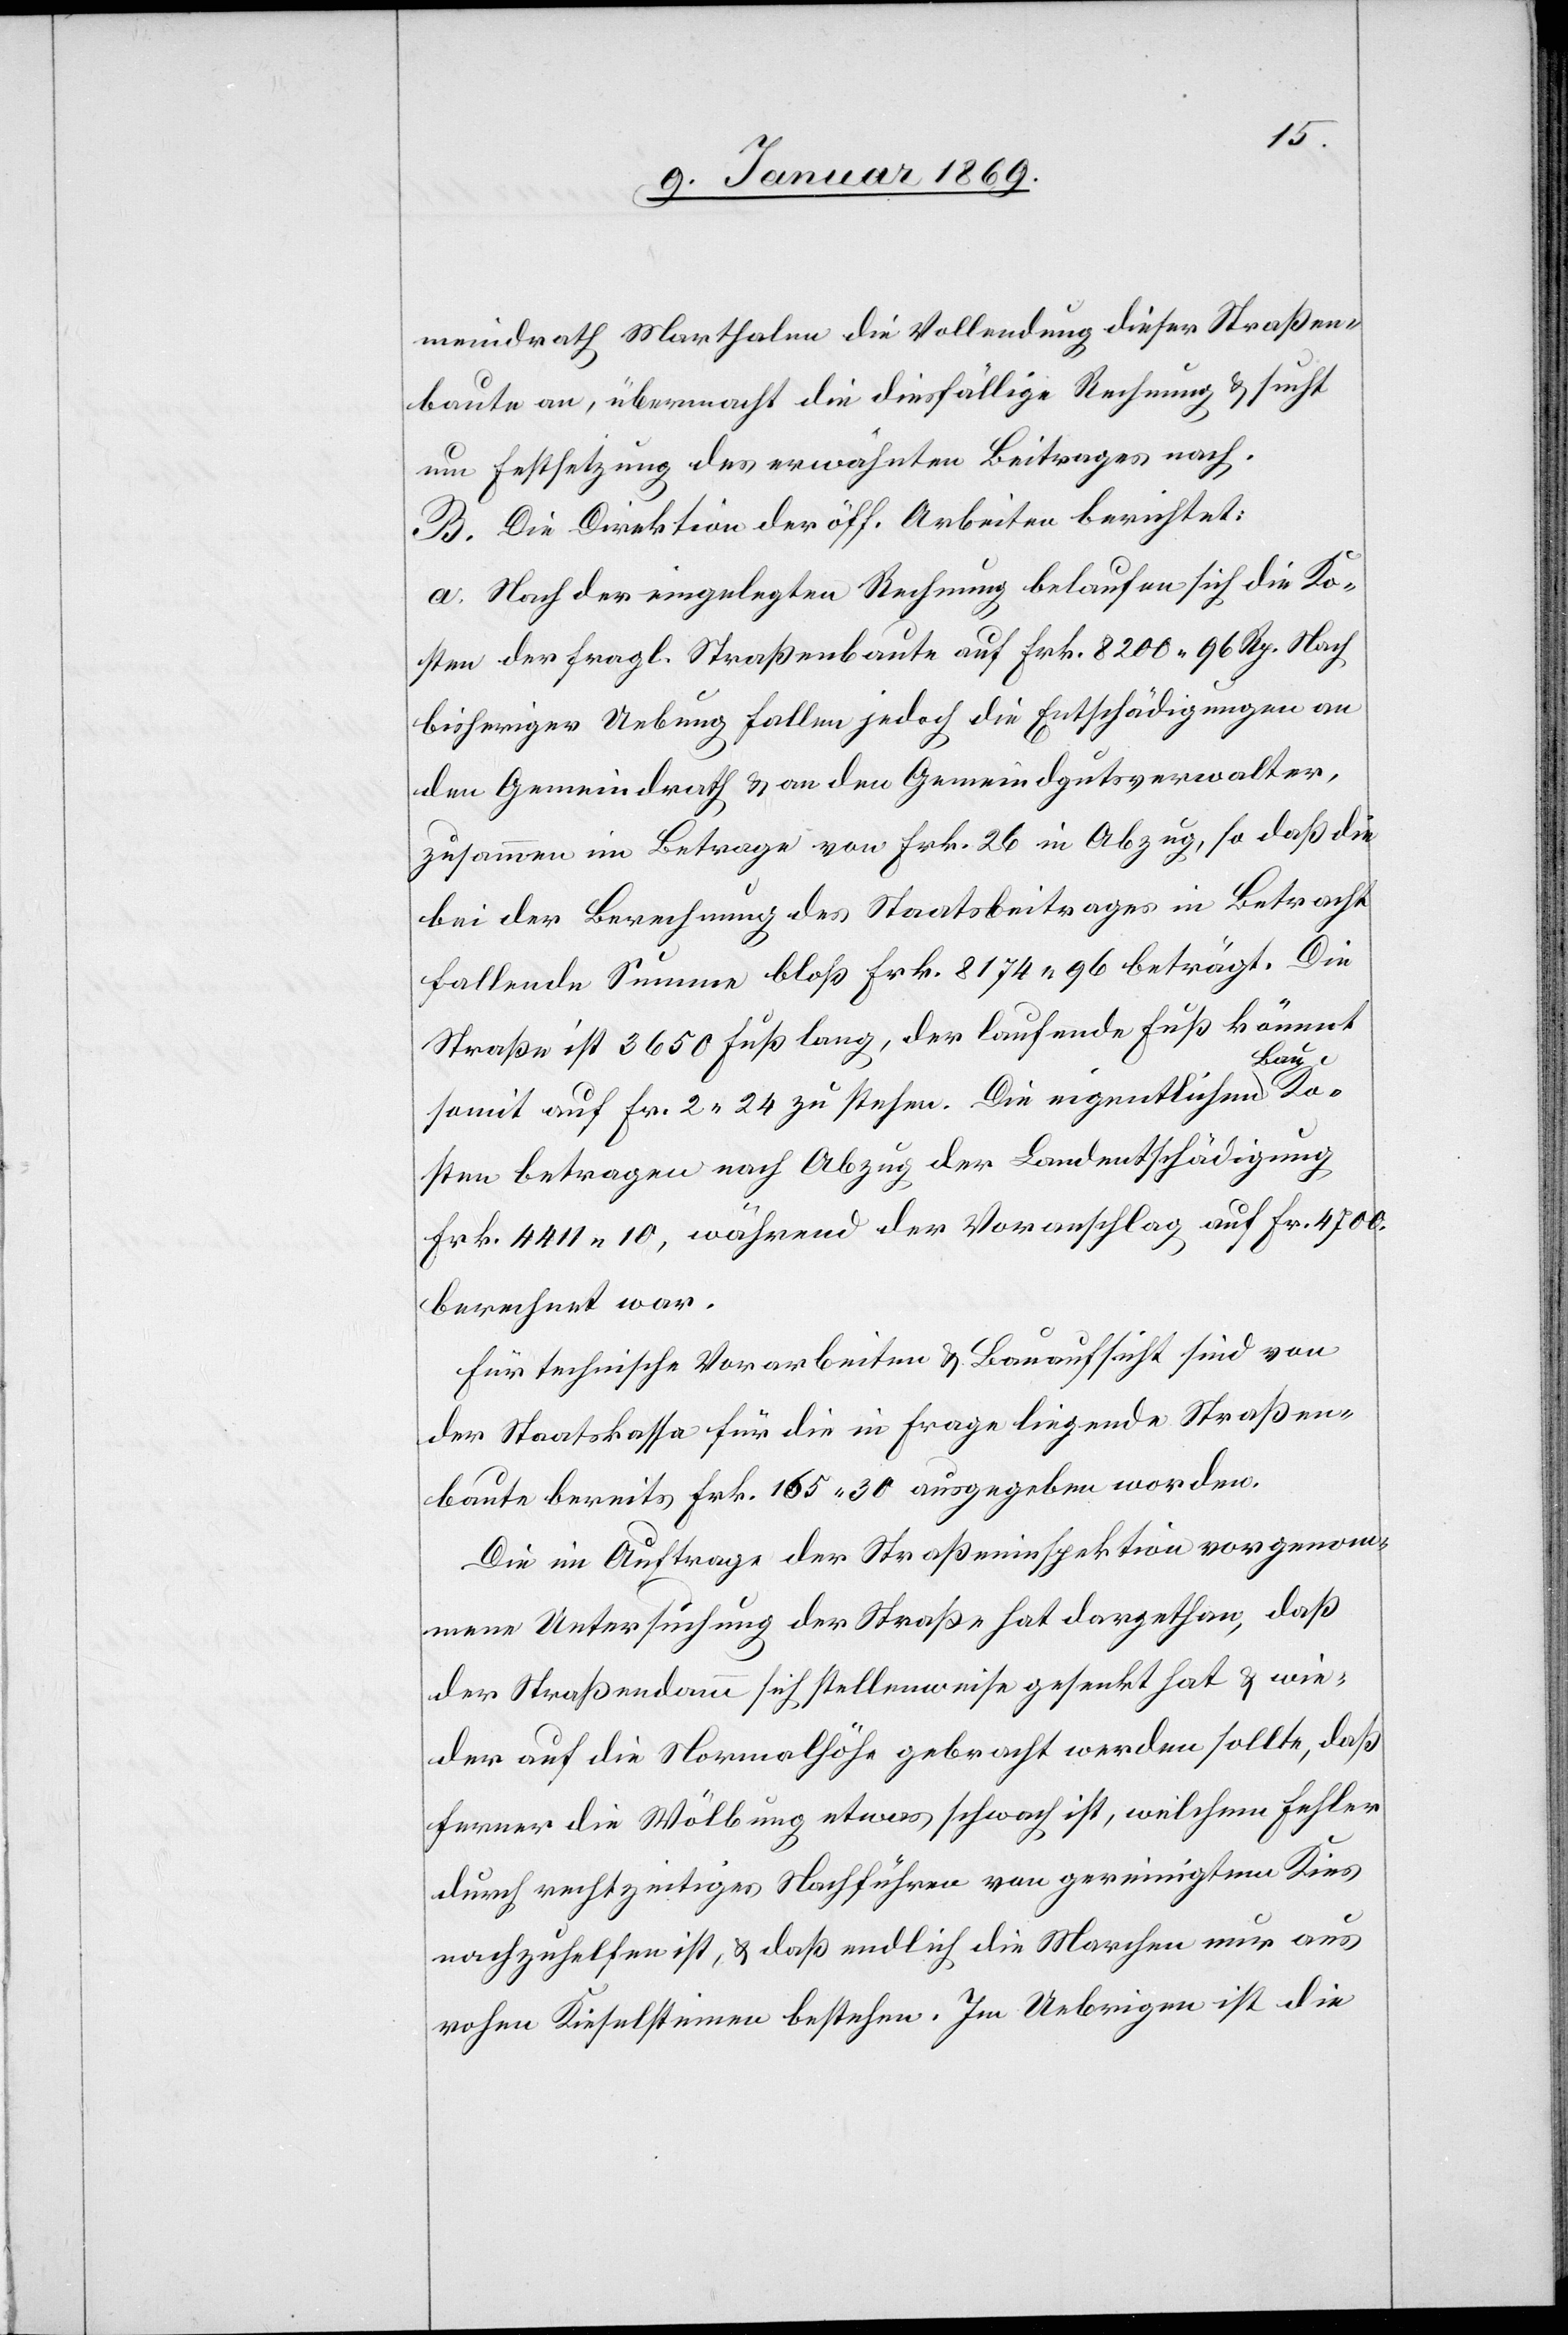
meindrath Marthalen die Vollendung dieser Straßen¬
baute an, übermacht die diesfällige Rechnung & sucht
um Festsetzung des erwähnten Beitrages nach.
B. Die Direktion der öff. Arbeiten berichtet:
a. Nach der eingelegten Rechnung belaufen sich die Ko¬
sten der fragl. Straßenbaute auf Frk 8200 96 Rp. Nach
bisheriger Uebung fallen jedoch die Entschädigungen an
den Gemeindrath & an den Gemeindgutsverwalter,
zusammen im Betrage von Frk. 26 in Abzug, so daß die
bei der Berechnung des Staatsbeitrages in Betracht
fallende Summe bloß Frk. 8174 96 beträgt. Die
Straße ist 3650 Fuß lang, der laufende Fuß kömmt
somit auf Fr. 2 24 zu stehen. Die eigentlichen Bau¬
kosten betragen nach Abzug der Landentschädigung
Frk. 4411 10, während der Voranschlag, auf Fr. 4700.
berechnet war.
Für technische Vorarbeiten & Bauaufsicht sind von
der Staatskassa für in Frage liegende Straßen¬
baute bereits Frk. 165. 30 ausgegeben worden.
Die im Auftrage der Straßeninspektion vorgenom¬
mene Unterstützung der Straße hat dargethan, daß
der Straßendamm sich stellenweise gesenkt hat & wie¬
der auf die Normalhöhe gebracht werden sollte, daß
ferner die Wölbung etwas schwach ist, welchem Fehler
durch rechtzeitiges Nachführen von gereinigtem Kies
nachzuhelfen ist, & daß endlich die Marchen nur aus
rohen Kieselsteinen bestehen. Im Uebrigen ist die